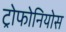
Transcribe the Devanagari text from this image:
ट्रोफोनियोस